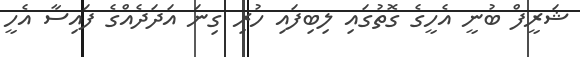
ޝަރީފް ބުނީ އެހީގެ ގޮތުގައި ލިބިފައި ހުރި ގިނަ އަދަދެއްގެ ފައިސާ އެހީ